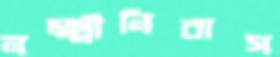
লক্ষ্মীনিবাস